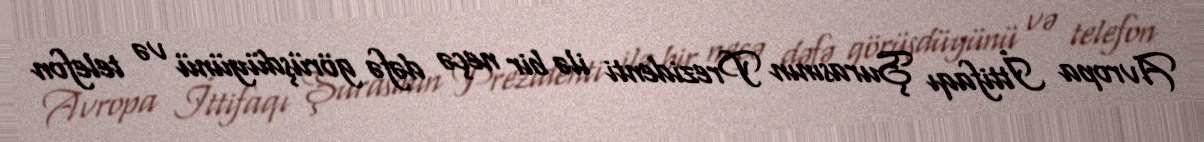
Avropa İttifaqı Şurasının Prezidenti ilə bir neçə dəfə görüşdüyünü və telefon